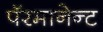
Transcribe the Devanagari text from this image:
पॅरमानेन्ट